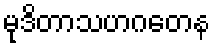
မုဒိတာသဟဂတေန